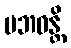
ပဘဝန္တိ